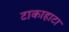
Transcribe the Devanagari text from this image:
टाकाहाटा